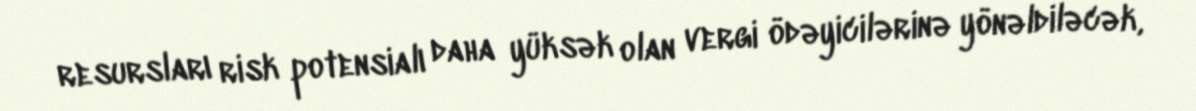
resursları risk potensialı daha yüksək olan vergi ödəyicilərinə yönəldiləcək,